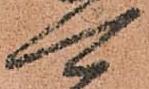
可